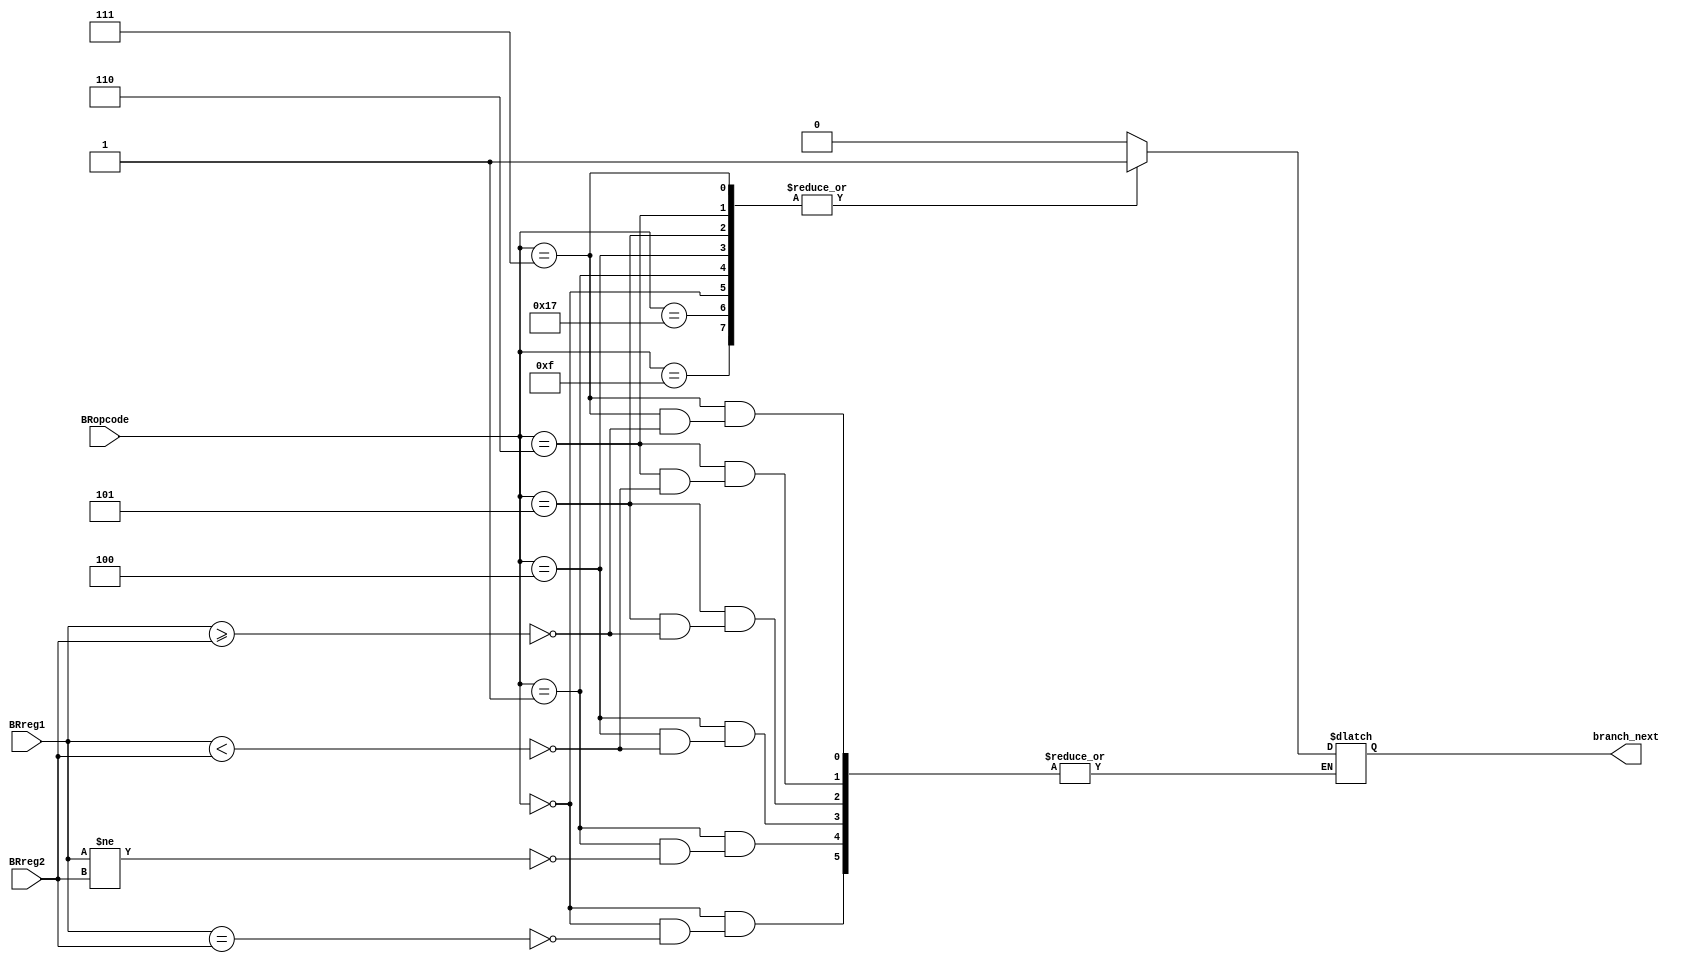
module Branch(
    input  [4:0] BRopcode,
    input  [31:0] BRreg1,
    input  [31:0] BRreg2,
    output reg branch_next
);

    always @(*) begin 
        case (BRopcode)
        5'b00000: 
            if (BRreg1 == BRreg2) begin
                branch_next = 1;
            end
            /* else begin
                branch_next = 0;
            end */
        5'b00001: 
            if (BRreg1 != BRreg2) begin
                branch_next = 1;
            end
            /* else begin
                branch_next = 0;
            end */
        5'b00100:
            if (BRreg1 < BRreg2) begin
                branch_next = 1;
            end
            /* else begin
                branch_next = 0;
            end */
        5'b00101:
            if (BRreg1 >= BRreg2) begin
                branch_next = 1;
            end
            /* else begin
                branch_next = 0;
            end */
        5'b00110:
            if (BRreg1 < BRreg2) begin
                branch_next = 1;
            end
            /* else begin
                branch_next = 0;
            end */
        5'b00111:
            if (BRreg1 >= BRreg2) begin
                branch_next = 1;
            end
            /* else begin
                branch_next = 0;
            end */

        5'b11111:
            branch_next = 0;
            
        5'b01111:
            branch_next = 1;

        5'b10111:
            branch_next = 1;

        5'b10101:
            branch_next = 0;

        default:
            branch_next = 0;
        endcase
    end
endmodule